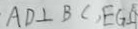
A D \bot B C , E G \bot